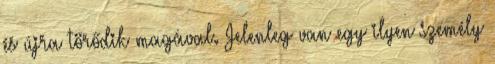
és újra törődik magával. Jelenleg van egy ilyen személy